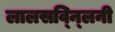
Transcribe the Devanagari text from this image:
लालसव्न्लिनी